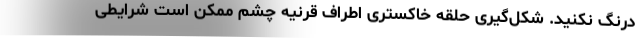
درنگ نکنید. شکل‌گیری حلقه خاکستری اطراف قرنیه چشم ممکن است شرایطی